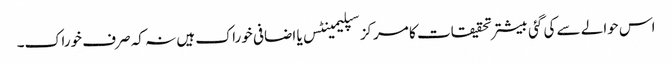
اس حوالے سے کی گئی بیشتر تحقیقات کا مرکز سپلیمینٹس یا اضافی خوراک ہیں نہ کہ صرف خوراک۔